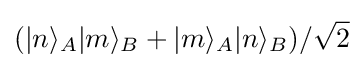
(\vert n\rangle _{A}\vert m\rangle _{B}+\vert m\rangle _{A}\vert n\rangle _{B})/{\sqrt {2}}